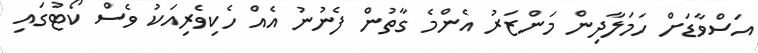
އަސްވާޑަށް ހަމަލާދިން މަންޒަރު އެންމެ ގާތުން ފެނުނު އެއް ހެކިވެރިއަކު ވެސް ކޯޓުގައި